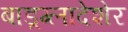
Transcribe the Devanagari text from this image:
बाड़्ग्लादेशेर